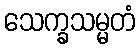
သေက္ခသမ္မတံ